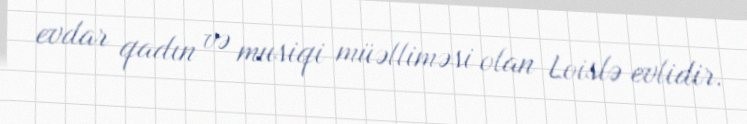
evdar qadın və musiqi müəlliməsi olan Loislə evlidir.